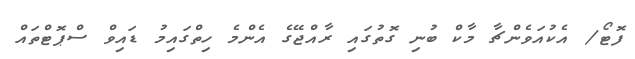
ފޮޓޯ/ އެކުއަވެންޗާ މާކް ބުނި ގޮތުގައި ރާއްޖޭގެ އެންމެ ހިތްގައިމު ޑައިވް ސްޕޮޓްތައް